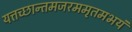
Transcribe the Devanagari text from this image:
यत्तच्छान्तमजरममृतमभयं